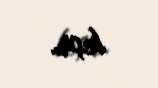
keçir.